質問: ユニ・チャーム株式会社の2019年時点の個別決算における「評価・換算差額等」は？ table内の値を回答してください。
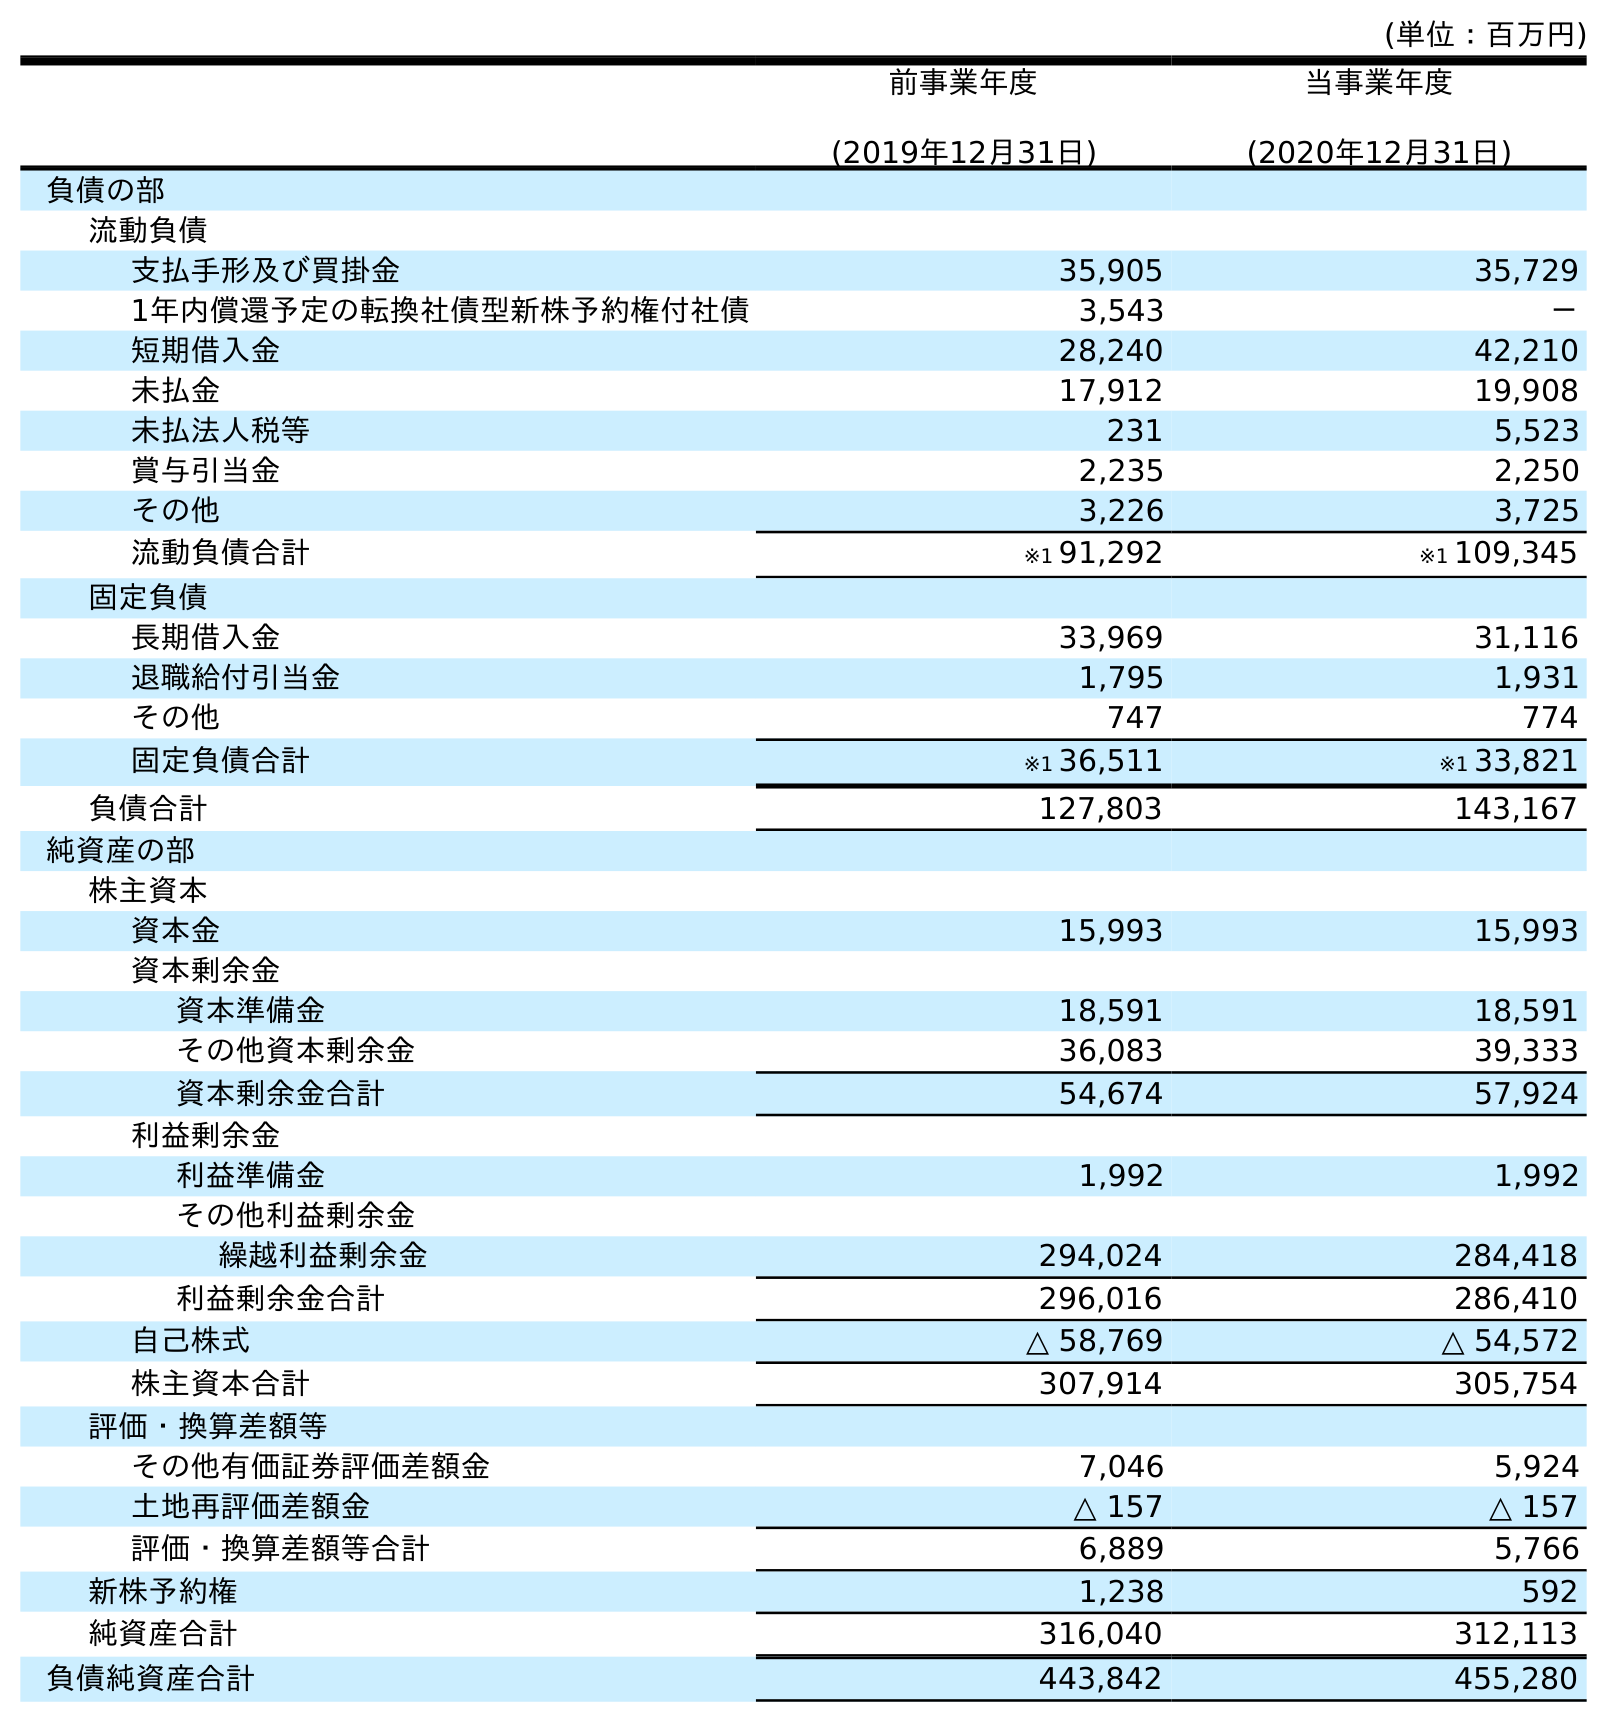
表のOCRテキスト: (単位：百万円) 前事業年度 (2019年12月31日) 当事業年度 (2020年12月31日) 負債の部 流動負債 支払手形及び買掛金 35,905 35,729 1年内償還予定の転換社債型新株予約権付社債 3,543 － 短期借入金 28,240 42,210 未払金 17,912 19,908 未払法人税等 231 5,523 賞与引当金 2,235 2,250 その他 3,226 3,725 流動負債合計 ※1 91,292 ※1 109,345 固定負債 長期借入金 33,969 31,116 退職給付引当金 1,795 1,931 その他 747 774 固定負債合計 ※1 36,511 ※1 33,821 負債合計 127,803 143,167 純資産の部 株主資本 資本金 15,993 15,993 資本剰余金 資本準備金 18,591 18,591 その他資本剰余金 36,083 39,333 資本剰余金合計 54,674 57,924 利益剰余金 利益準備金 1,992 1,992 その他利益剰余金 繰越利益剰余金 294,024 284,418 利益剰余金合計 296,016 286,410 自己株式 △ 58,769 △ 54,572 株主資本合計 307,914 305,754 評価・換算差額等 その他有価証券評価差額金 7,046 5,924 土地再評価差額金 △ 157 △ 157 評価・換算差額等合計 6,889 5,766 新株予約権 1,238 592 純資産合計 316,040 312,113 負債純資産合計 443,842 455,280
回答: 6,889